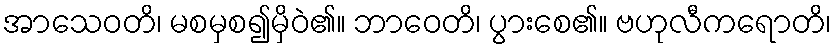
အာသေဝတိ၊ မစမှစ၍မှိဝဲ၏။ ဘာဝေတိ၊ ပွားစေ၏။ ဗဟုလီကရောတိ၊